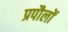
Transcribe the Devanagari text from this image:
प्रपौलों